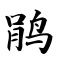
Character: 鹃